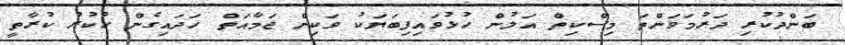
ބަންދުކުރި ދަރުމަވަންތަ މިސްކިތް އަލުން ހުޅުވައިފިބަޔަކު ވަކިން ޖަމާއަތް ހަދައިގެން ހުކުރު ކުރާތީ